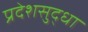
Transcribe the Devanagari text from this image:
प्रदेशसुद्धा